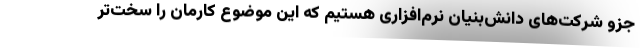
جزو شرکت‌های دانش‌بنیان نرم‌افزاری هستیم که این موضوع کارمان را سخت‌تر